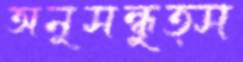
অনুসন্ধুত্স